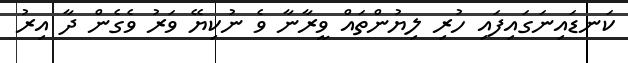
ކަނޑައިނަގައިފައި ހުރި ލިޔުންތައް ވީރާނާ ވެ ނުކިޔޭ ވަރު ވެގެން ދާ އިރު